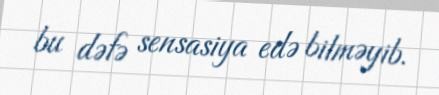
bu dəfə sensasiya edə bilməyib.